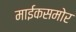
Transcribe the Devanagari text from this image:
माईकसमोर